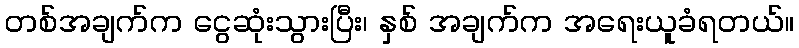
တစ်အချက်က ငွေဆုံးသွားပြီး၊ နှစ် အချက်က အရေးယူခံရတယ်။